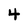
Character: 4